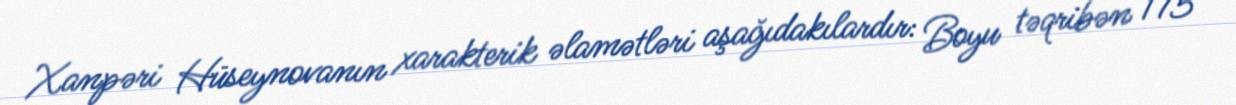
Xanpəri Hüseynovanın xarakterik əlamətləri aşağıdakılardır: Boyu təqribən 175